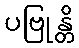
ပဗြုန္တိ